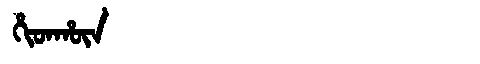
Manchu: ᡥᡳᡨᡥᡡᠨ
Romanization: HITHŪN